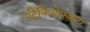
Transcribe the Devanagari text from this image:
एट्रैकियोफ़ाइटा